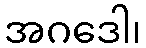
အဂဒေါ၊